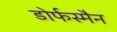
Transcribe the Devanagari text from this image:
डोर्फस्मैन